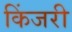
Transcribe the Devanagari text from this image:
किंजरी